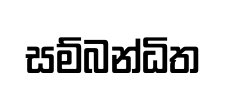
සම්බන්ධිත